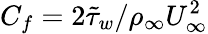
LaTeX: C_{f}=2\tilde{\tau}_{w}/\rho_{\infty}U_{\infty}^{2}